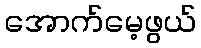
အောက်မေ့ဖွယ်